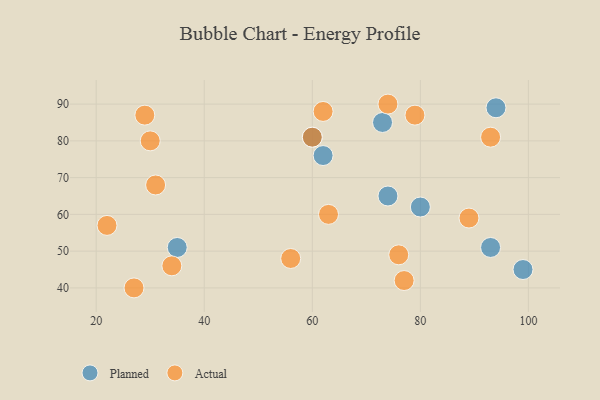
{"axis": {"x": "GDP", "y": "Life Expectancy"}, "legend": ["Actual", "Planned"], "data": [{"x": "93", "y": 51, "type": "Planned"}, {"x": "73", "y": 85, "type": "Planned"}, {"x": "35", "y": 51, "type": "Planned"}, {"x": "74", "y": 65, "type": "Planned"}, {"x": "62", "y": 76, "type": "Planned"}, {"x": "80", "y": 62, "type": "Planned"}, {"x": "60", "y": 81, "type": "Planned"}, {"x": "99", "y": 45, "type": "Planned"}, {"x": "94", "y": 89, "type": "Planned"}, {"x": "30", "y": 80, "type": "Actual"}, {"x": "76", "y": 49, "type": "Actual"}, {"x": "93", "y": 81, "type": "Actual"}, {"x": "74", "y": 90, "type": "Actual"}, {"x": "29", "y": 87, "type": "Actual"}, {"x": "27", "y": 40, "type": "Actual"}, {"x": "79", "y": 87, "type": "Actual"}, {"x": "89", "y": 59, "type": "Actual"}, {"x": "31", "y": 68, "type": "Actual"}, {"x": "63", "y": 60, "type": "Actual"}, {"x": "34", "y": 46, "type": "Actual"}, {"x": "56", "y": 48, "type": "Actual"}, {"x": "62", "y": 88, "type": "Actual"}, {"x": "60", "y": 81, "type": "Actual"}, {"x": "22", "y": 57, "type": "Actual"}, {"x": "77", "y": 42, "type": "Actual"}]}